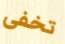
تخفى